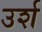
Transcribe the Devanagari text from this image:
उर्श